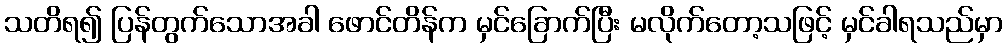
သတိရ၍ ပြန်တွက်သောအခါ ဖောင်တိန်က မှင်ခြောက်ပြီး မလိုက်တော့သဖြင့် မှင်ခါရသည်မှာ